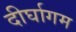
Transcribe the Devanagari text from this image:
दीर्घागम